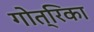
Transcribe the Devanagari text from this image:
गोत्रिका